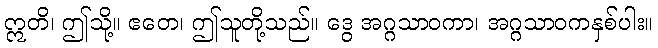
ဣတိ၊ ဤသို့။ ဧတေ၊ ဤသူတို့သည်။ ဒွေ အဂ္ဂသာဝကာ၊ အဂ္ဂသာဝကနှစ်ပါး။